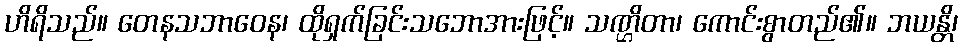
ဟိရိသည်။ တေနသဘာဝေန၊ ထိုရှက်ခြင်းသဘောအားဖြင့်။ သဏ္ဌိတာ၊ ကောင်းစွာတည်၏။ ဘယန္တိ၊